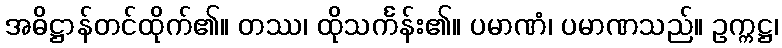
အဓိဋ္ဌာန်တင်ထိုက်၏။ တဿ၊ ထိုသင်္ကန်း၏။ ပမာဏံ၊ ပမာဏသည်။ ဥက္ကဋ္ဌ၊